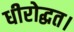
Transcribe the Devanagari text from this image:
धीरोद्धत।